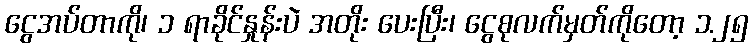
ငွေအပ်တာကို၊ ၁ ရာခိုင်နှုန်းပဲ အတိုး ပေးပြီး၊ ငွေစုလက်မှတ်ကိုတော့ ၁.၂၅